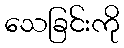
သေခြင်းကို